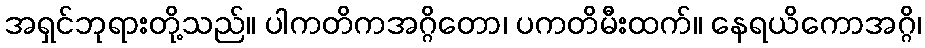
အရှင်ဘုရားတို့သည်။ ပါကတိကအဂ္ဂိတော၊ ပကတိမီးထက်။ နေရယိကောအဂ္ဂိ၊